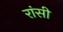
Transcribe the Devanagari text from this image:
रांसी